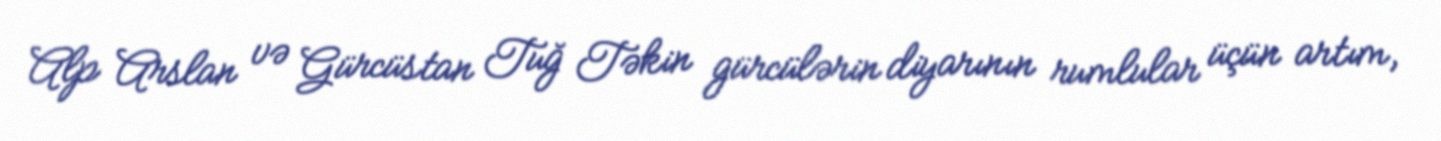
Alp Arslan və Gürcüstan Tuğ Təkin gürcülərin diyarının rumlular üçün artım,